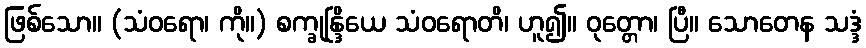
ဖြစ်သော။ (သံဝရော၊ ကို။) စက္ခုန္ဒြိယေ သံဝရောတိ၊ ဟူ၍။ ဝုတ္တော၊ ပြီ။ သောတေန သဒ္ဒံ